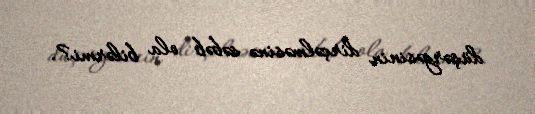
düşərgəsinin dirçəlməsinə səbəb ola bilərmi?.